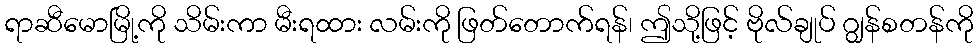
ရာဆီမောမြို့ကို သိမ်းကာ မီးရထား လမ်းကို ဖြတ်တောက်ရန်၊ ဤသို့ဖြင့် ဗိုလ်ချုပ် ဂျွန်စတန်ကို